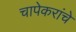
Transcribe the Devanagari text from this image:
चापेकरांचे